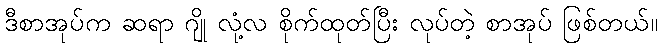
ဒီစာအုပ်က ဆရာ ဂျို လုံ့လ စိုက်ထုတ်ပြီး လုပ်တဲ့ စာအုပ် ဖြစ်တယ်။